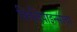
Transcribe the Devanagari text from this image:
फिलिपाइन्साचा